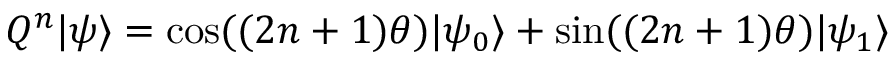
Q ^ { n } | \psi \rangle = \cos ( ( 2 n + 1 ) \theta ) | \psi _ { 0 } \rangle + \sin ( ( 2 n + 1 ) \theta ) | \psi _ { 1 } \rangle